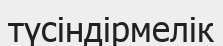
түсіндірмелік